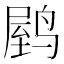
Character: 𬸟